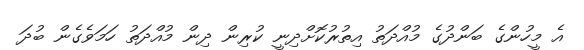
އެ މީހުންގެ ބަންދުގެ މުއްދަތު އިތުރުކޮށްދިނީ ކުރިން ދިން މުއްދަތު ހަމަވެގެން ބުދަ